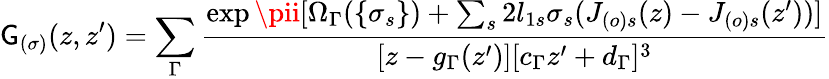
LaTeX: \mathsf{G}_{(\sigma)}(z,z^{\prime})=\sum_{\Gamma}\frac{{\exp\pii[\Omega_{\Gamma}(\{ \sigma_{s}\} )+\sum_{s}2l_{1s}\sigma_{s}(J_{(o)s}(z)-J_{(o)s}(z^{\prime}))]}}{{[z-g_{\Gamma}(z^{\prime})][c_{\Gamma}z^{\prime}+d_{\Gamma}]^{3}}}